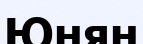
Юнян